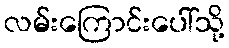
လမ်းကြောင်းပေါ်သို့